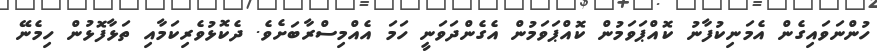
ހުންނަވައިގެން އެމަނިކުފާނު ކޮއްޕަވަމުން ކޮއްޕަވަމުން އެގެންދަވަނީ ހަމަ އެއްމިސްރާބަށެވެ. ދެކޮޅުވެރިކަމާއި ތަޅާފޮޅުން ހިމެނޭ